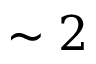
\sim 2